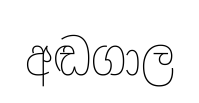
අඬගාල